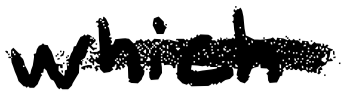
Text: which
Cross-out: single-line
Writing tool: digital_black